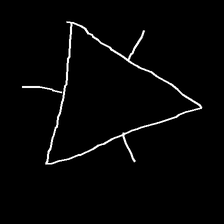
Glyph: fire